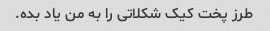
طرز پخت کیک شکلاتی را به من یاد بده.